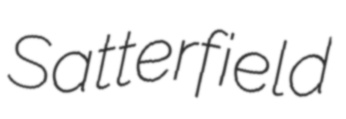
Satterfield